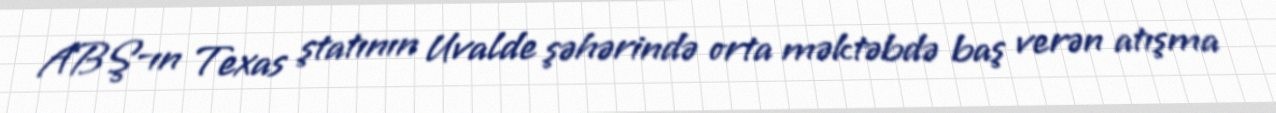
ABŞ-ın Texas ştatının Uvalde şəhərində orta məktəbdə baş verən atışma